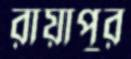
রায়াপুর